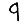
Digit: 9